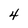
Character: 4